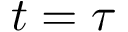
t = \tau